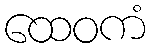
ထေဝကံ